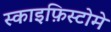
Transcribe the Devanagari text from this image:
स्काइफ़िस्टोमे